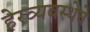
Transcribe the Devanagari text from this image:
हेरव्यवस्थेचे